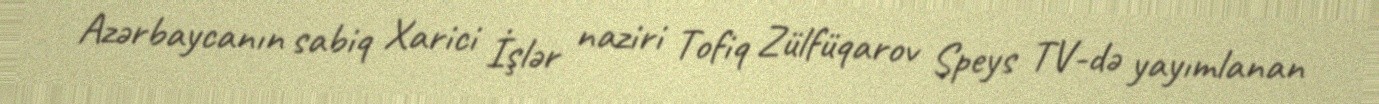
Azərbaycanın sabiq Xarici İşlər naziri Tofiq Zülfüqarov Speys TV-də yayımlanan